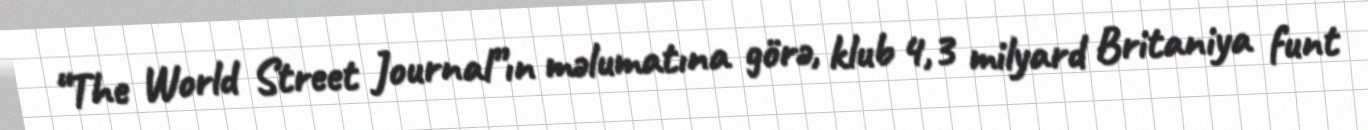
“The World Street Journal”ın məlumatına görə, klub 4,3 milyard Britaniya funt